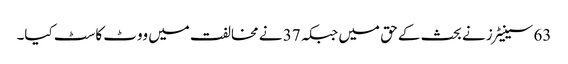
63 سینیٹرز نے بحث کے حق میں جبکہ 37 نے مخالفت میں ووٹ کاسٹ کیا۔